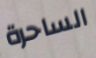
الساحرة